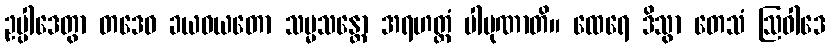
ဥပ္ပါဒေတွာ တဒေဝ ခယဝယတော သမ္မသန္တော အရဟတ္တံ ပါပုဏာတိ။ ထေရေ ဒိသွာ တေသံ ဩဝါဒေ